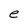
Character: e